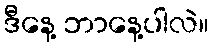
ဒီနေ့ ဘာနေ့ပါလဲ။